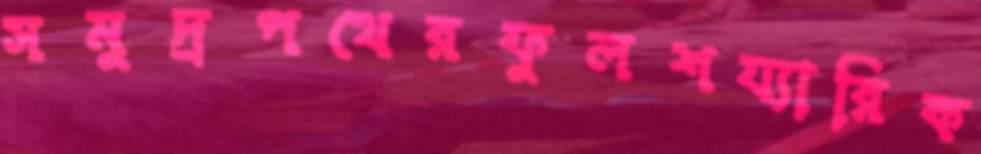
সমুদ্রপথেরফুলশয্যারিক